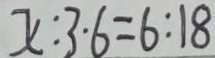
x : 3 \cdot 6 = 6 : 1 8